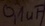
Text: 0,1uF